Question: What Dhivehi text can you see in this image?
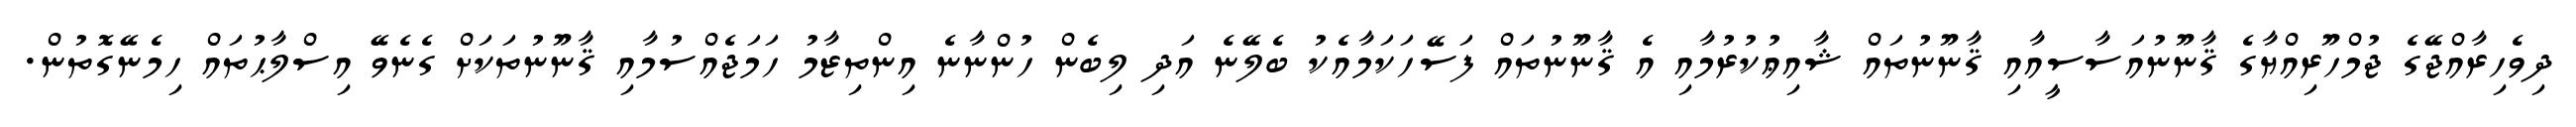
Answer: ދިވެހިރާއްޖޭގެ ޖުމްހޫރިއްޔާގެ ޤާނޫނުއަސާސީއާއި ޤާނޫނުތައް ޝާއިޢުކުރުމާއި އެ ޤާނޫނުތައް ފަސޭހަކަމާއެކު ބެލޭނެ އަދި ލިބެން ހުންނާނެ އިންތިޒާމު ހަމަޖެއްސުމާއި ޤާނޫނުތަކަށް ގެނެވޭ އިސްލާޙުތައް ހިމެނޭގޮތުން.